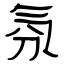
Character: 氛